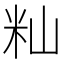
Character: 籼